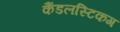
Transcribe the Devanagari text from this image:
कैंडलस्टिकग